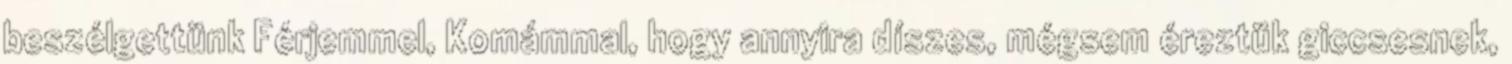
beszélgettünk Férjemmel, Komámmal, hogy annyira díszes, mégsem éreztük giccsesnek,